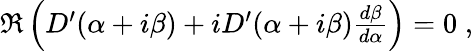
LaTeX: \begin{array}{r}{\Re\left(D^{\prime}(\alpha+i\beta)+iD^{\prime}(\alpha+i\beta)\frac{d\beta}{d\alpha}\right)=0\; ,}\end{array}